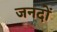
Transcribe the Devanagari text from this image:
जनदों